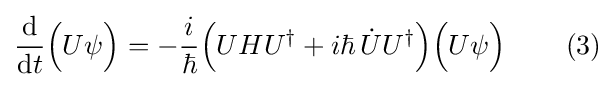
{\frac {\mathrm {d} }{\mathrm {d} t}}{\Big (}U\psi {\Big )}=-{\frac {i}{\hbar }}{\Big (}UH{U^{\dagger }}+i\hbar \,{\dot {U}}{U^{\dagger }}{\Big )}{\Big (}U\psi {\Big )}\quad \quad \left(3\right)